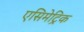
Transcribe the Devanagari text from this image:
एसिमेट्रिक